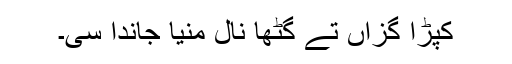
کپڑا گزاں تے گٹھا نال مِنیا جاندا سی۔